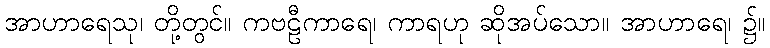
အာဟာရေသု၊ တို့တွင်။ ကဗဠီကာရေ၊ ကာရဟု ဆိုအပ်သော။ အာဟာရေ၊ ၌။